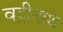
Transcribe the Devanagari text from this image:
वद्रीनाथ